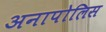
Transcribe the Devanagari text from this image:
अनापोलिस